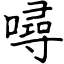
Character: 噚